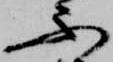
不